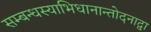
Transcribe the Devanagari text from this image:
सम्बन्धस्याभिधानान्तोदनाद्वा